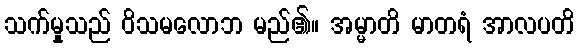
သက်မှုသည် ဝိသမလောဘ မည်၏။ အမ္မာတိ မာတရံ အာလပတိ